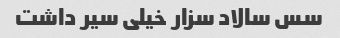
سس سالاد سزار خیلی سیر داشت